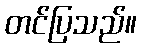
တင်ပြသည်။